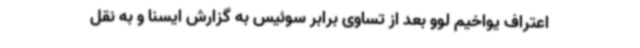
اعتراف یواخیم لوو بعد از تساوی برابر سوئیس به گزارش ایسنا و به نقل